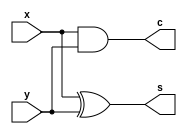
// Copyright (C) 1991-2013 Altera Corporation
// Your use of Altera Corporation's design tools, logic functions 
// and other software and tools, and its AMPP partner logic 
// functions, and any output files from any of the foregoing 
// (including device programming or simulation files), and any 
// associated documentation or information are expressly subject 
// to the terms and conditions of the Altera Program License 
// Subscription Agreement, Altera MegaCore Function License 
// Agreement, or other applicable license agreement, including, 
// without limitation, that your use is for the sole purpose of 
// programming logic devices manufactured by Altera and sold by 
// Altera or its authorized distributors.  Please refer to the 
// applicable agreement for further details.

// PROGRAM		"Quartus II 64-Bit"
// VERSION		"Version 13.0.1 Build 232 06/12/2013 Service Pack 1 SJ Full Version"
// CREATED		"Sun Feb 26 14:58:35 2023"

module half_adder(
	x,
	y,
	s,
	c
);


input wire	x;
input wire	y;
output wire	s;
output wire	c;





assign	c = x & y;

assign	s = x ^ y;


endmodule